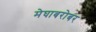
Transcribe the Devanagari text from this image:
मेघाबरोबर